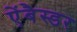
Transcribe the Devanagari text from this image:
एंेबैस्डर